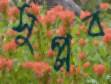
সুপ্লব